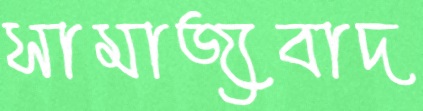
সামাজ্যবাদ